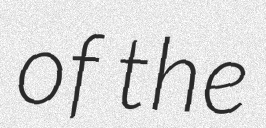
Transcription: of the